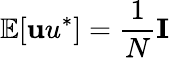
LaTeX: \mathbb{E}[{\mathbf uu}^{*}]=\frac{1}{N}{\mathbf I}